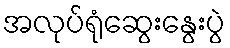
အလုပ်ရုံဆွေးနွေးပွဲ